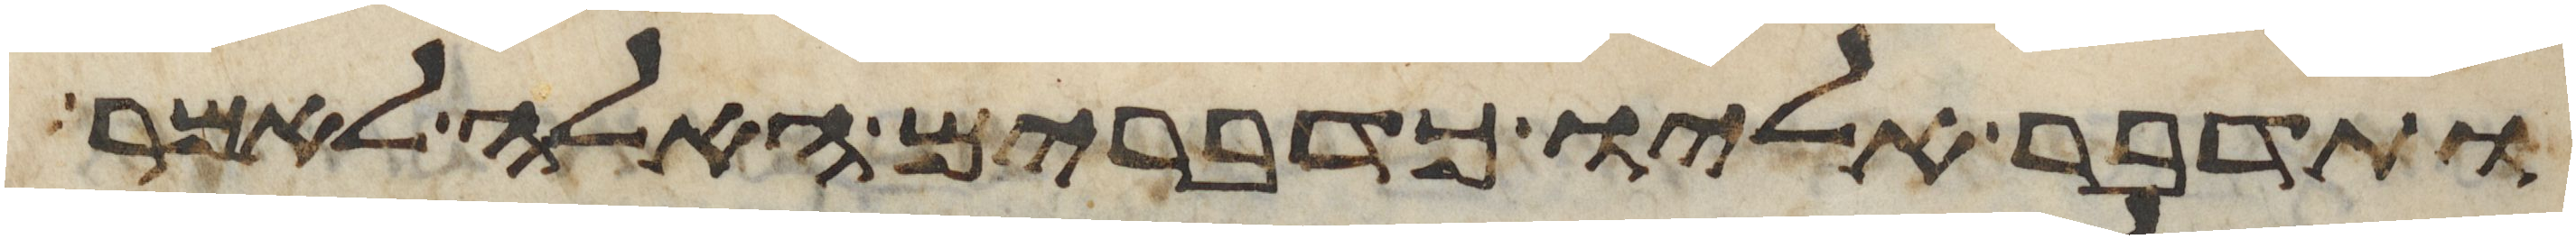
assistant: ותדבר אליו כדברים האלה לאמר